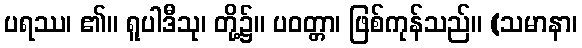
ပရဿ၊ ၏။ ရူပါဒီသု၊ တို့၌။ ပဝတ္တာ၊ ဖြစ်ကုန်သည်။ (သမာနာ၊